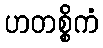
ဟတစ္စိကံ